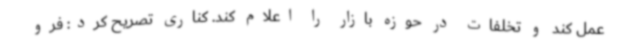
عمل کند و تخلفات در حوزه بازار را اعلام کند. کناری تصریح کرد: فرو